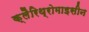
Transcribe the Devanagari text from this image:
क्लैरिथ्रोमाइसीन